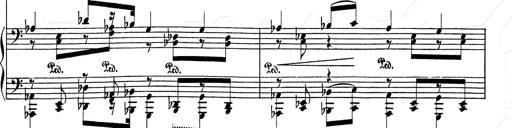
Title: Festvorspiel
Composer: Franz Liszt